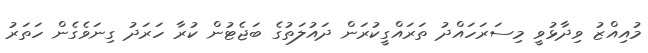
މުއިއްޒު ވިދާޅުވީ މިސަރަހައްދު ތަރައްގީކުރަން ދައުލަތުގެ ބަޖެޓުން ކުރާ ހަރަދު ގިނަވެގެން ހަތަރު